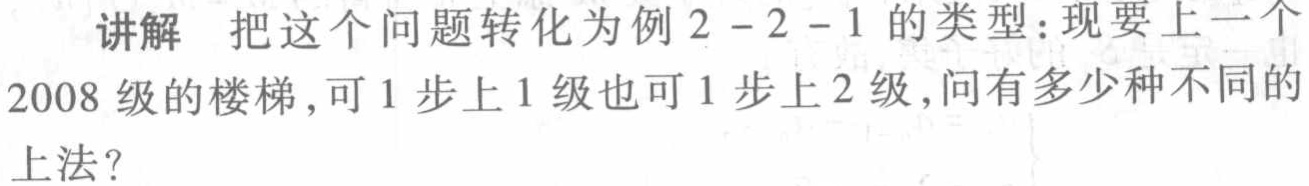
讲解 把这个问题转化为例2 - 2 - 1的类型：现要上一个2008级的楼梯，可1步上1级也可1步上2级，问有多少种不同的上法？